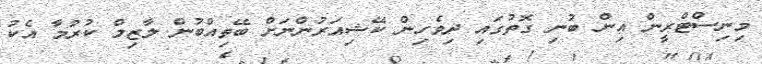
މިނިސްޓްރީން އިން ބުނި ގޮތުގައި ދިވެހިން ކޭޝިއަރުންނަށް ބޭތިއްބުން ލާޒިމް ކުރުމާ އެކު